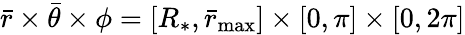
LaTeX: \bar{r}\times\bar{\theta}\times\phi=\left[R_{*},\bar{r}_{\mathrm{max}}\right]\times\left[0,\pi\right]\times\left[0,2\pi\right]